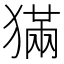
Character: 𤡁